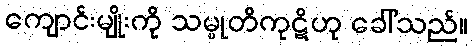
ကျောင်းမျိုးကို သမ္မုတိကုဋိဟု ခေါ်သည်။